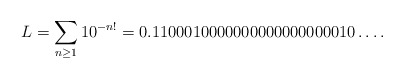
\begin{align*} L=\sum_{n\geq 1} 10^{-n!}=0.1100010000000000000000010\ldots.\end{align*}